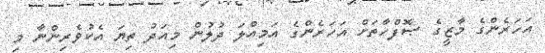
އަހަރެންގެ މާޒީގެ ޞޮފްހާތަށް އަހަރެންގެ އަމިއްލަ ދުލުން މިއަދު ތިޔަ އެކުވެރިންނާ މި